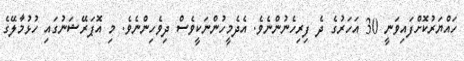
ހައްޔަރުކޮށްފައިވަނީ 30 އަހަރުގެ ދެ ފިރިހެނުންނެވެ. އެދެމީހުންނަކީވެސް ދިވެހިންނެވެ. މި އޮޕަރޭޝަނުގައި ހުޅުމާލޭގެ